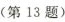
（第13题）